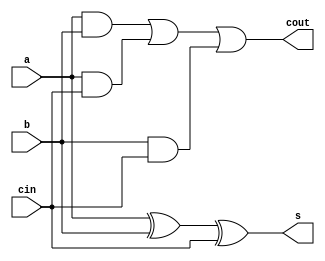
module fulladd(
 input  a,b,cin,
 output s,cout
);
 assign s=(a^b)^cin;
 assign cout=((a&b)|(a&cin)|(b&cin));
endmodule

module wordaddsub(
 input [7:0]x,
 input [7:0]y,
 input mode,//mode=1 subtraction, mode=0 addition
 output [7:0]sum,
 output cot
);
 wire [6:0]c;
 wire [8:0]p;
 assign p[0]=mode;
 wire t;
  xor(p[1],y[0],mode);
  xor(p[2],y[1],mode);
  xor(p[3],y[2],mode);
  xor(p[4],y[3],mode);
  xor(p[5],y[4],mode);
  xor(p[6],y[5],mode);
  xor(p[7],y[6],mode);
  xor(p[8],y[7],mode);
  fulladd f1(.a(x[0]),.b(p[1]),.cin(p[0]),.s(sum[0]),.cout(c[0]));
  fulladd f2(.a(x[1]),.b(p[2]),.cin(c[0]),.s(sum[1]),.cout(c[1]));
  fulladd f3(.a(x[2]),.b(p[3]),.cin(c[1]),.s(sum[2]),.cout(c[2]));
  fulladd f4(.a(x[3]),.b(p[4]),.cin(c[2]),.s(sum[3]),.cout(c[3]));
  fulladd f5(.a(x[4]),.b(p[5]),.cin(c[3]),.s(sum[4]),.cout(c[4]));
  fulladd f6(.a(x[5]),.b(p[6]),.cin(c[4]),.s(sum[5]),.cout(c[5]));
  fulladd f7(.a(x[6]),.b(p[7]),.cin(c[5]),.s(sum[6]),.cout(c[6]));
  fulladd f8(.a(x[7]),.b(p[8]),.cin(c[6]),.s(sum[7]),.cout(t));
 assign cot=(~mode)&(t);
endmodule


module syncaddsub(
 input [7:0]x,y,
 input mode,
 input clk,
 output done,cout,
 output [7:0]sum
);
 reg d=1'b0;
 assign done=d;
 wordaddsub w(.x(x),.y(y),.mode(mode),.cot(cout),.sum(sum));
 always @(posedge clk) begin
  if(~done) begin
   d=1'b1;
  end
 end
endmodule